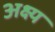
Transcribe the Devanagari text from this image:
अक्ष्य